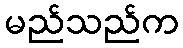
မည်သည်က